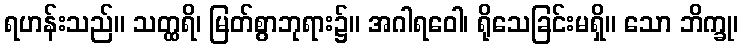
ရဟန်းသည်။ သတ္ထရိ၊ မြတ်စွာဘုရား၌။ အဂါရဝေါ၊ ရိုသေခြင်းမရှိ။ သော ဘိက္ခု၊